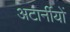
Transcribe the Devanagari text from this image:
अटार्नीयों